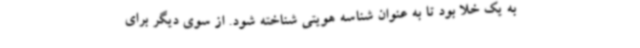
به یک خلا بود تا به عنوان شناسه هویتی شناخته شود. از سوی دیگر برای